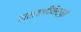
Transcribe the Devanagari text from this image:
हारावलीभिर्युतं